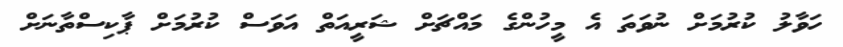
ހަވާލު ކުރުމަށް ނުވަތަ އެ މީހުންގެ މައްޗަށް ޝަރީއަތް އަވަސް ކުރުމަަށް ޕާކިސްތާނަށް